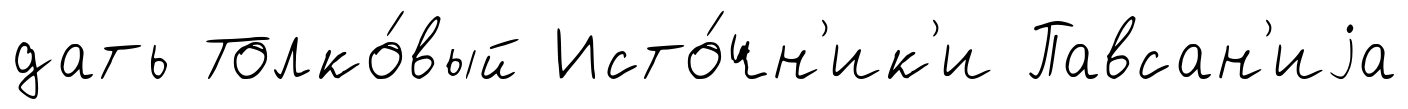
дать Толко́вый Исто́чн'ик'и Павсан'иjа